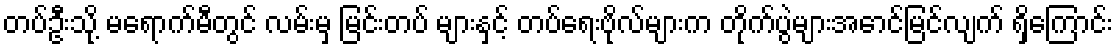
တပ်ဦးသို့ မရောက်မီတွင် လမ်းမှ မြင်းတပ် များနှင့် တပ်ရေးဗိုလ်များက တိုက်ပွဲများအောင်မြင်လျက် ရှိကြောင်း